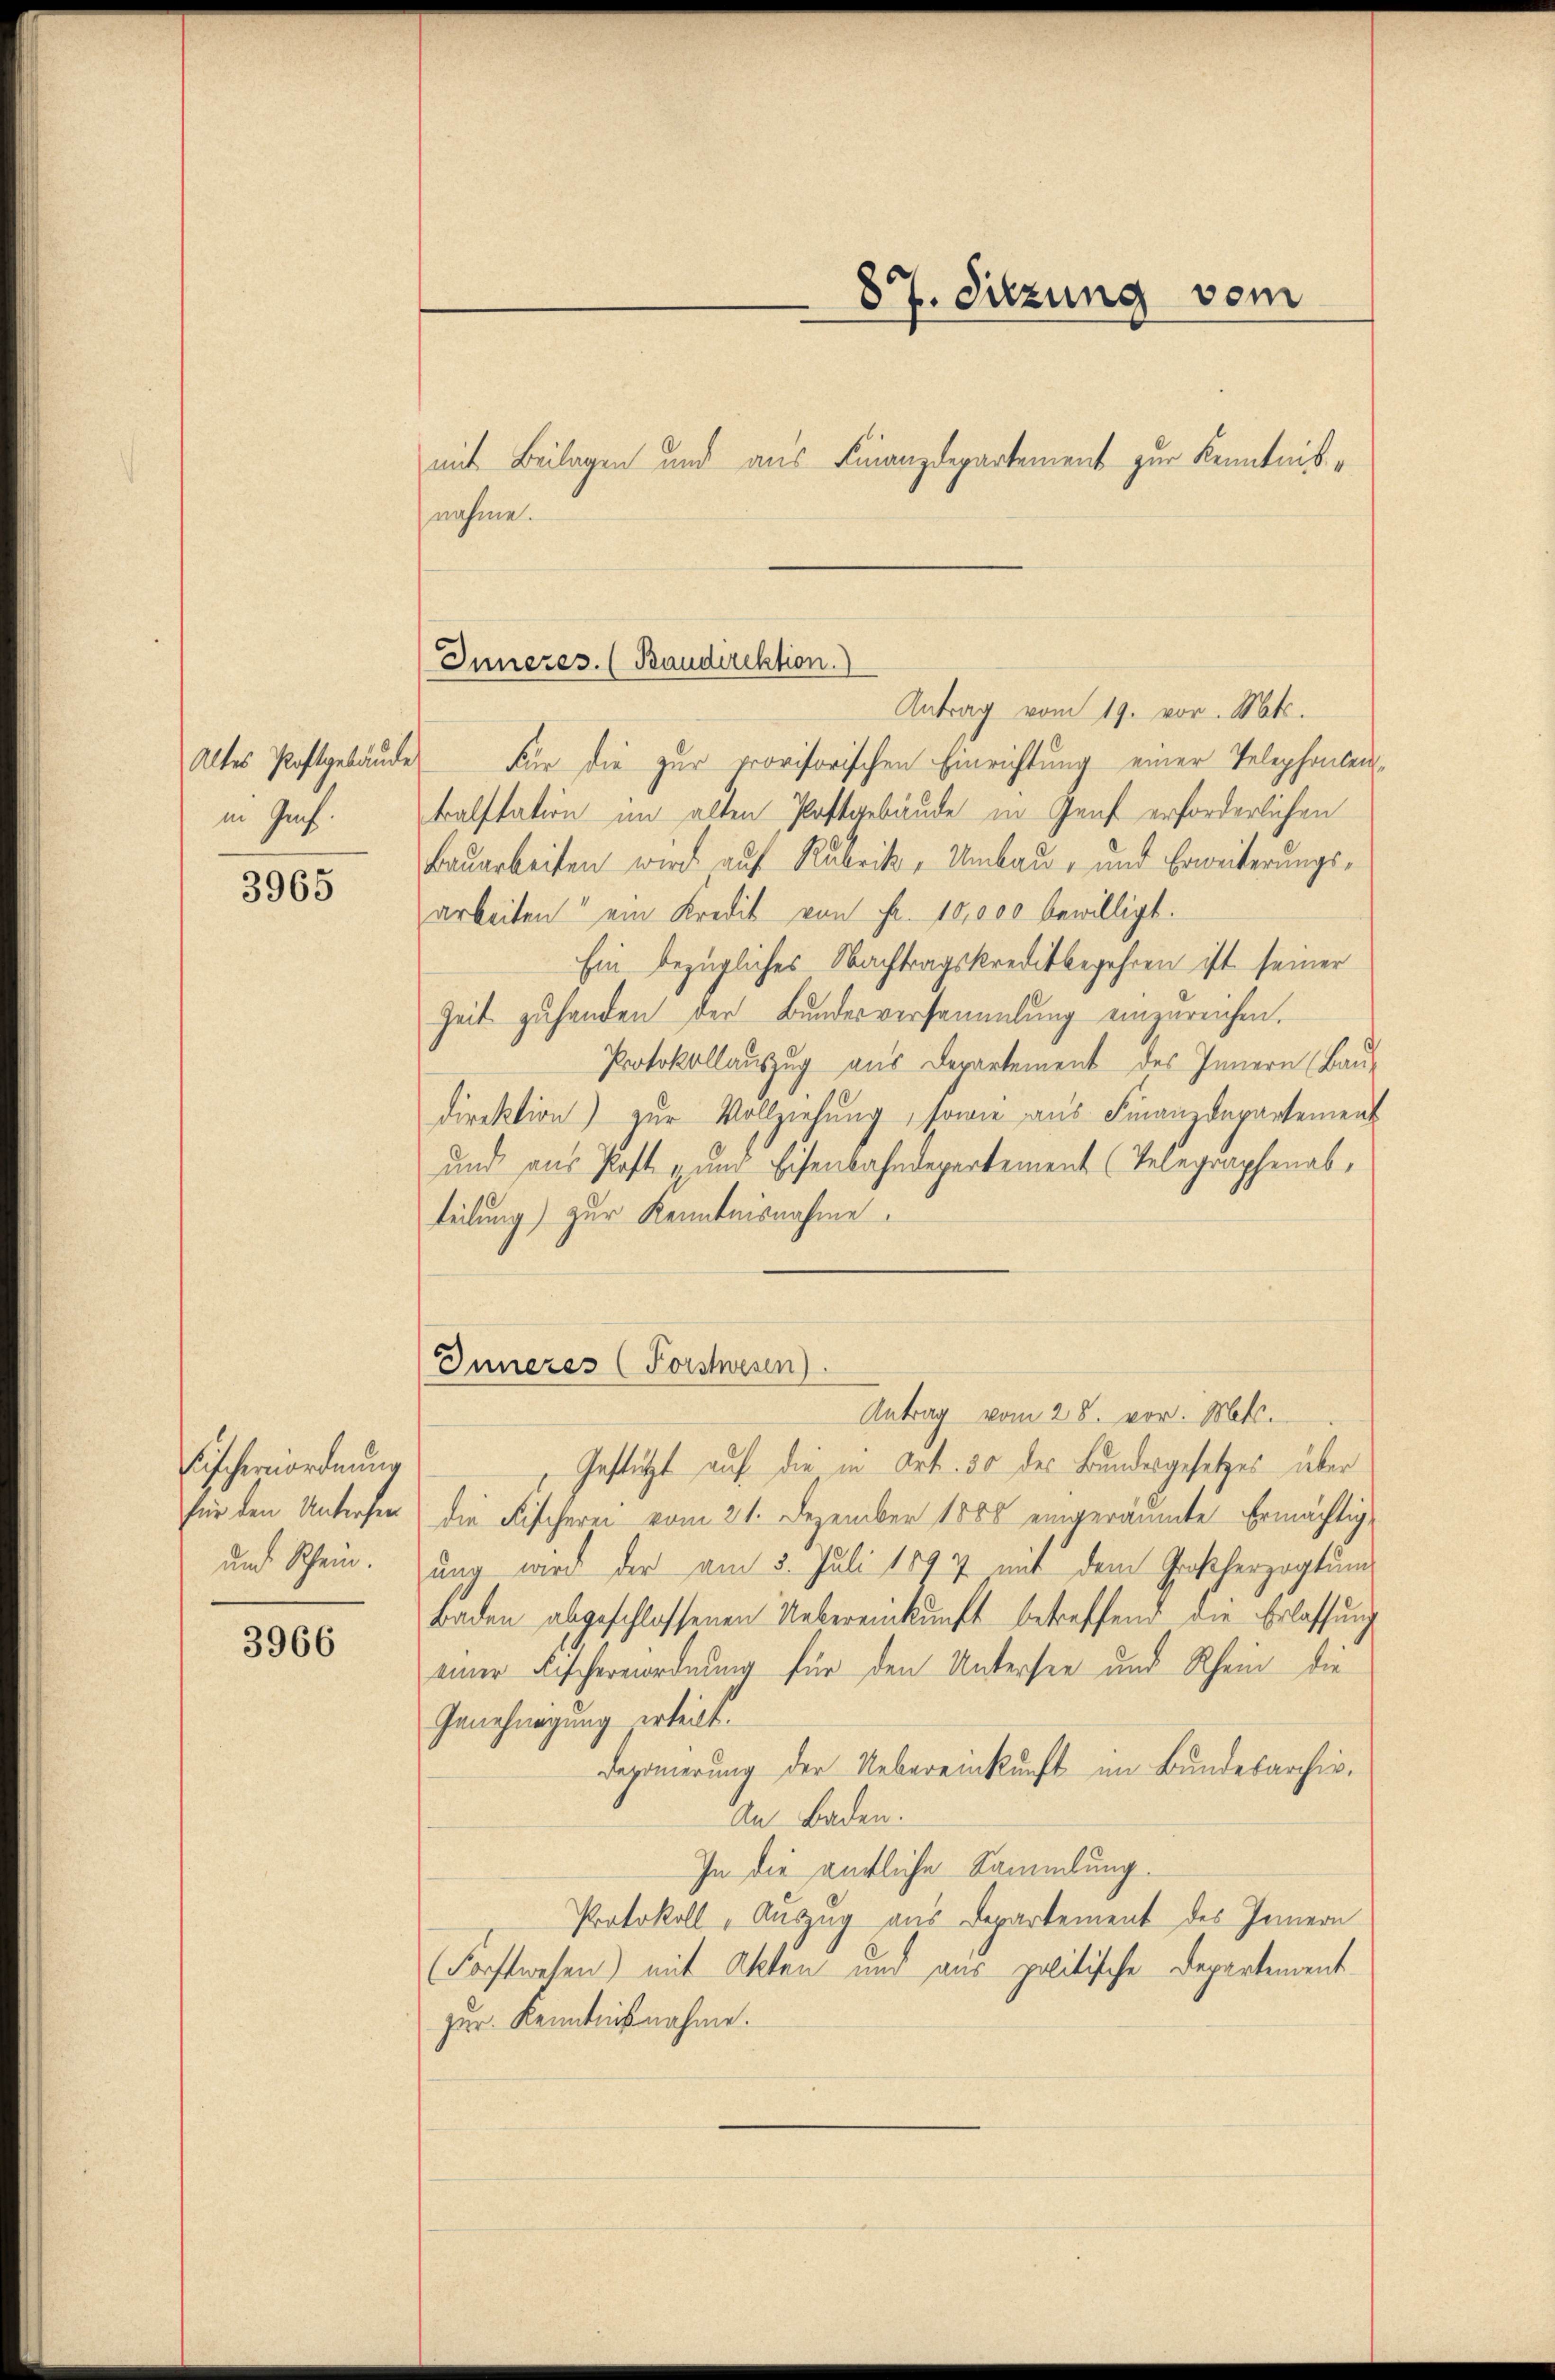
Altes Postgebäude
in Genf.

3965

Fischernordnung
und Schein.

3966

87. Sitzung vom

mit Beilagen und aus Finanzdepartement zur Kenntnis¬

nahme.
Antrag vom 19. vor. Mts.
Für die zur provisorischen Einrichtung einer Telephonleikalstation im alten Postgebäude in Genf erforderlichen
Bauarbeiten wird auf Rubrik, Umbau- und Erweiterungsarbeiten ein Kredit von Fr. 10,000 bewilligt.
Ein bezügliches Nachtragskreditbegehren ist seiner
Zeit zu handen der Bundesversammlung einzureichen.
Protokollauszug aus Departement des Innern (Bau-
direktion) zŭr Vollziehung, sowie aus Finanzdepartement
und aus Post zum Eisenbahndepartement (Telegraphenab,
teilung) zur Kenntnisnahme.

Inneres. (Baudirektion.

Antrag vom 28. vor. Mts.
Gestützt auf die in Art. 30 des Bundesgesetzes über
für den Untersen die Fischerei vom 21. Dezember 1888 eingeräumte Ermächtigung wird der am 5. Juli 1897 mit dem Großherzogtun
Baden abgeschlossenen Uebereinkunft betreffend die Erlassung
einer Fischereiordnung für den Untersee und Rhein die
Genehmigung erteilt.
Deponierung der Uebereinkunft im Bundesarchiv.
An Baden.
In die amtliche Sammlung.
Protokoll, Auszug aus Departement des Innern
Forchtwesen) mit Akten und aus politische Departement
zur Kenntnißnahme.

Inneres (Forstwesen).